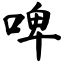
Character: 啤